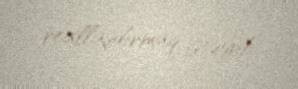
reallaşdırmaq istəyib.